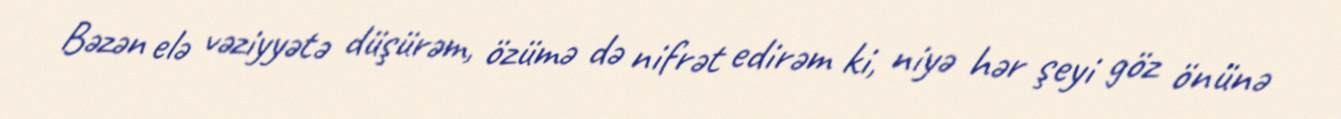
Bəzən elə vəziyyətə düşürəm, özümə də nifrət edirəm ki, niyə hər şeyi göz önünə